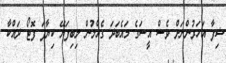
ޝިފާ އަހަރުންނަށް ވެސް އީސަގެ މައެބަދަ ގެއްލުން ލިބިފަޔޭ ކިޔާފަ ފޮޓޯ ދައްކާ